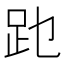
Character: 𲃔